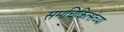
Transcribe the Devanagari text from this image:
समचिकित्सेच्या